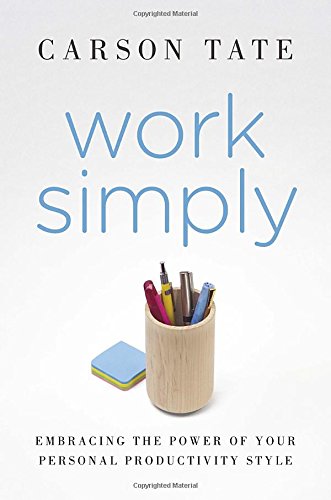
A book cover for Work Simply: Embracing the Power of Your Personal Productivity Style; Carson Tate; Business & Money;